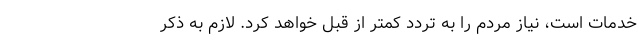
خدمات است، نیاز مردم را به تردد کمتر از قبل خواهد کرد. لازم به ذکر